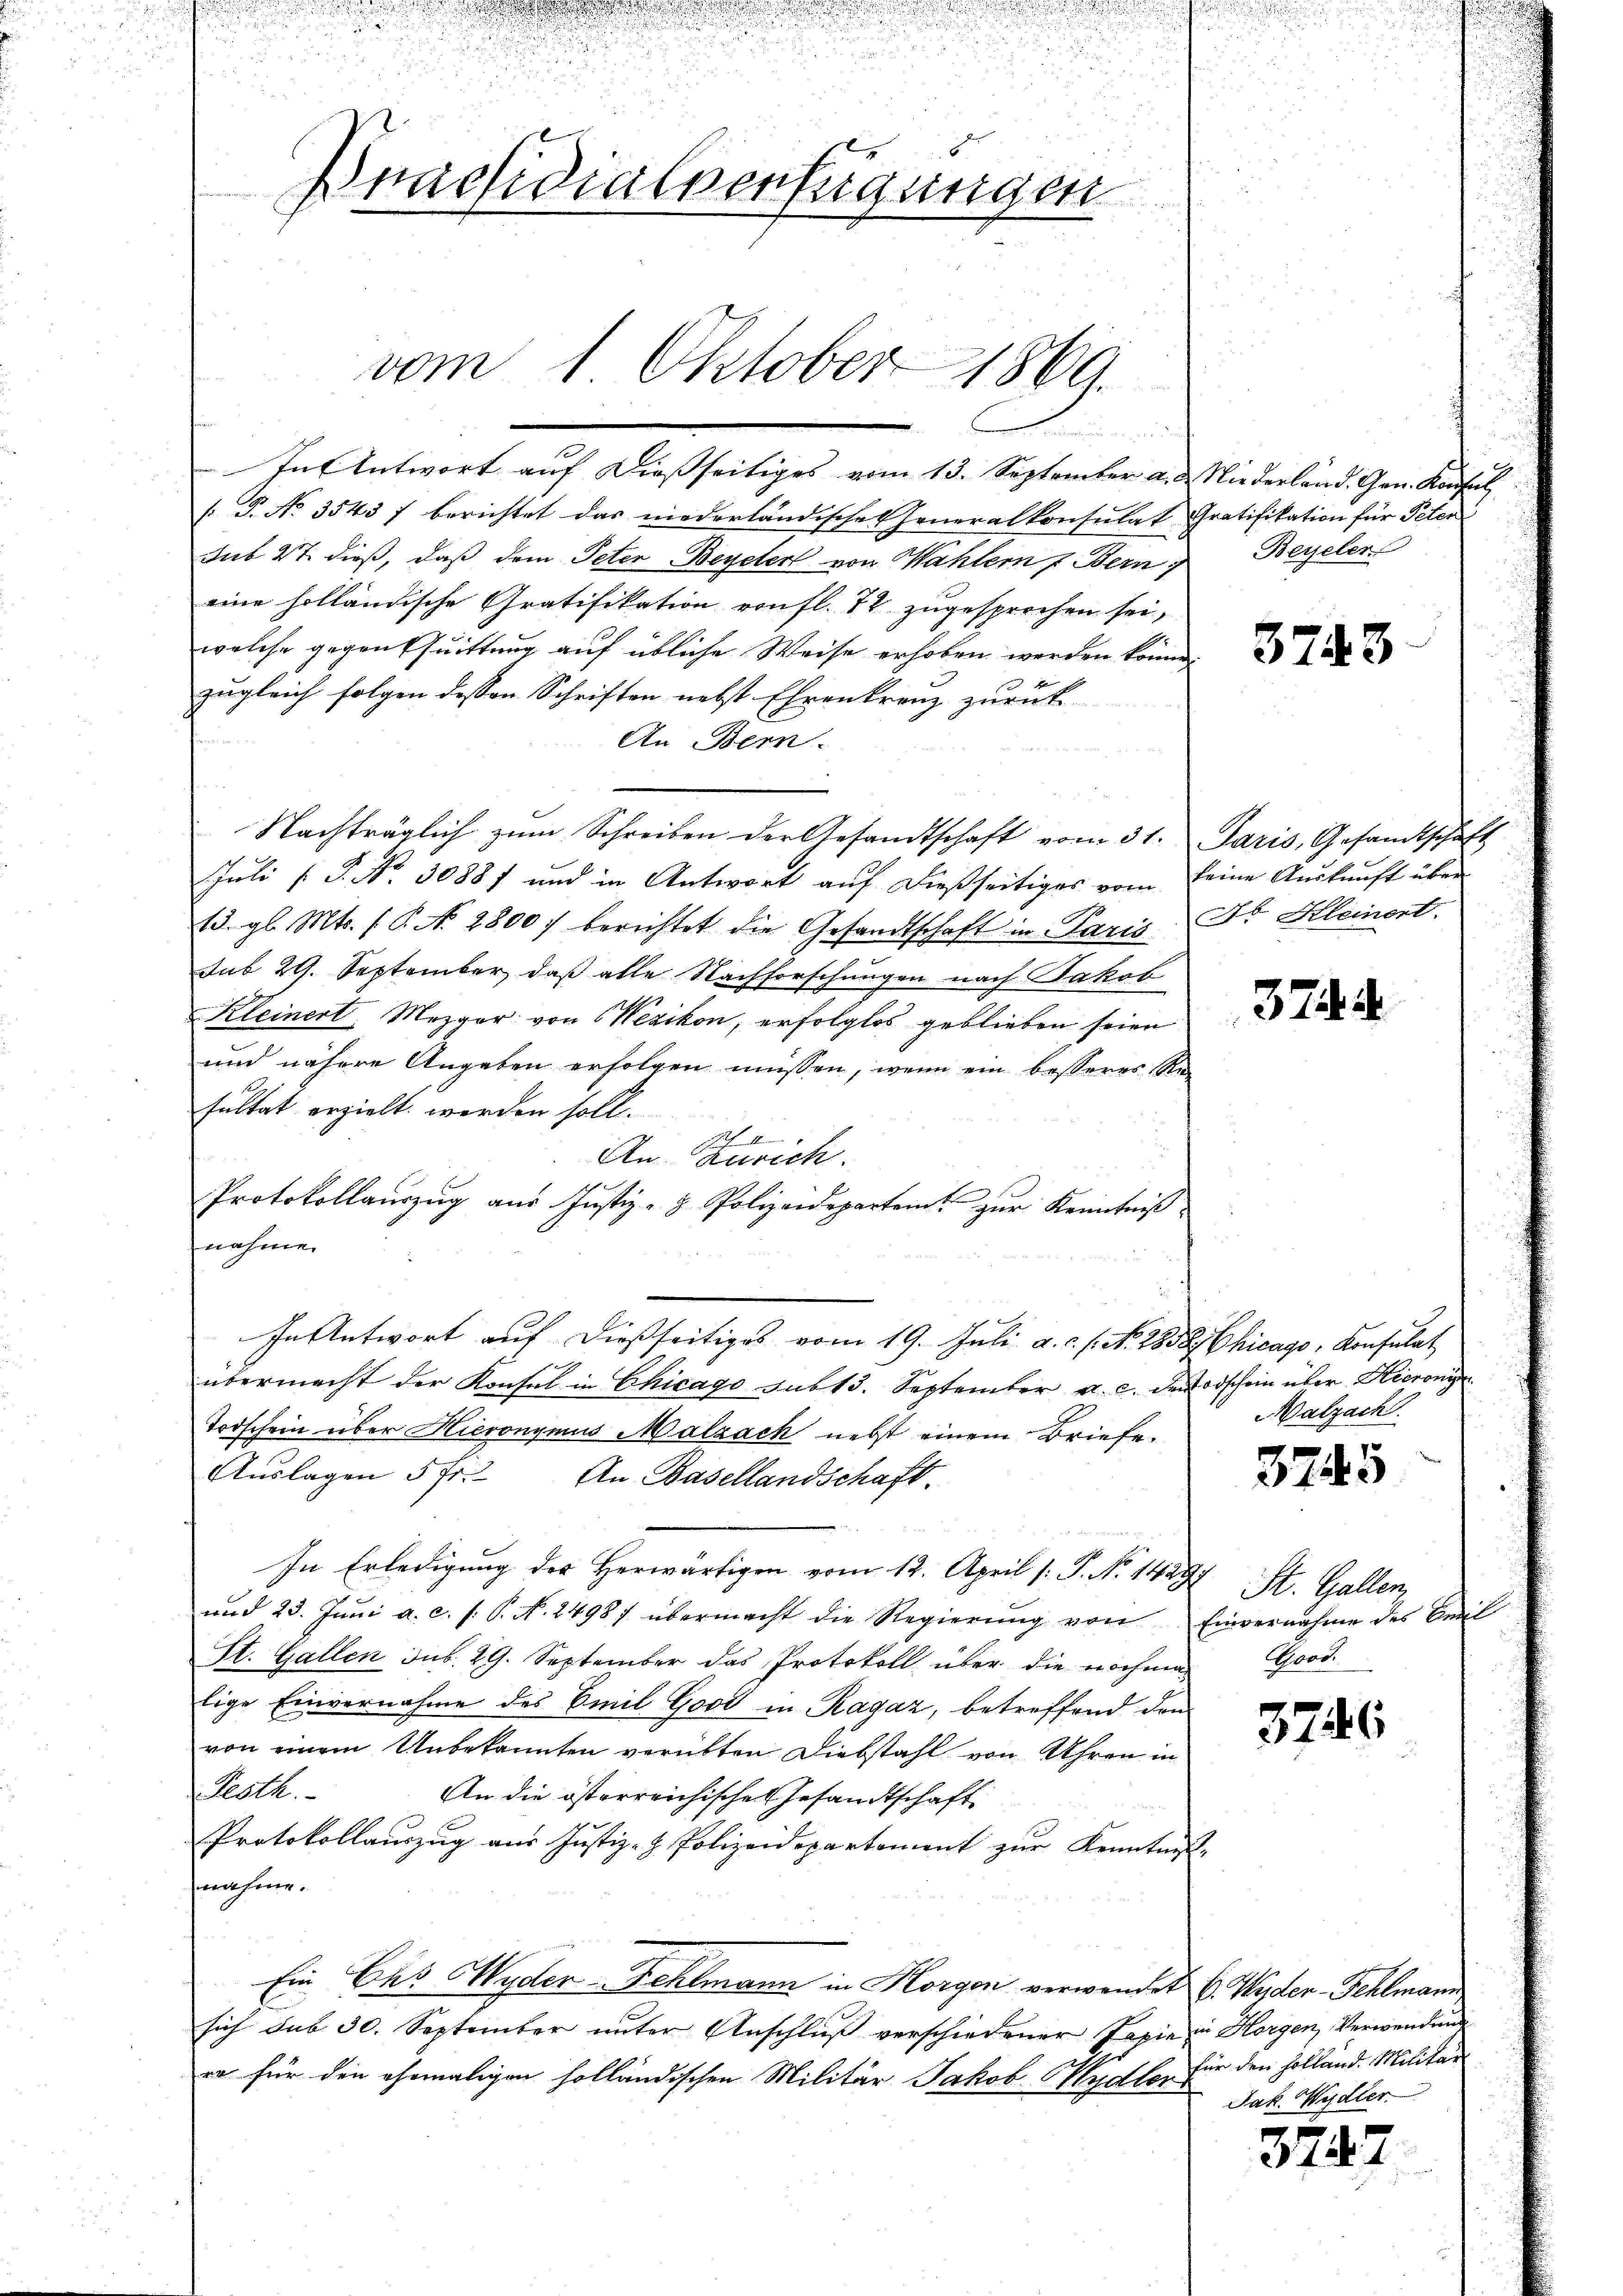
i
Praesidialverfügungen
vom 1. Oktober 1869.

In Antwort auf dießseitiges vom 13. September a. d. Niederland. Gen. Konfel

u

d

u

[P. No 3543 f berichtet das niederländischen Generalkonsulat Gratifikation für Peter
sub 27. dieß, daß dem Peter Beyeler von Wahlern 7 Bern
eine holländische Gratifikation von fl. 78. zugesprochen sei,
welche gegenthuittung auf übliche Weise erhoben werden könne,
zugleich folgen dessen Schriften nebst Ehrenkranz zurück-
An Bern.
Nachträglich zum Schreiben der Gesandtschaft vom 31. Paris, Gesandtschaft
Juli [P. Nr. 30887 und in Antwort auf dießseitiges vom keine Auskunft über
15. gl. Mts. ( P. N. 2800 berichtet die Gesandtschaft in Paris, Fr. Kleinert.
sub 29. September, daß alle Nachforschungen nach Jakob
Kleinert. Mezger von Wezikon, erfolglos geblieben seien
und nähere Angaben erfolgen müssen, wenn ein besseres Re-
sultat erzielt werden soll.
An Zürich.
Protokollauszug aus Justiz- & Polizeidepartem zur Kenntniß
nahme.
In Antwort auf dießseitiges vom 19. Juli a. c. l. No. 1858 Chicago, Konsulat
übermacht der Konsul in Chicago sub 15. September a. c. den odschein über Hieronie
Todschein über Hieronymus Malzach nebst einem Briefe.
Aŭslagen 5 fr. An Basellandschaft.
In Erledigung des Herwärtigen vom 12. April [: P. No 14297
und 23. Jŭni a. c. s. S. N. 2498) übermacht die Regierŭng von Einvernahme des Beil
St. Gallen sub. 29. September das Protokoll über die nochmalige Einvernahme des Emil Good in Ragaz, betreffend den
von einem Unbekannten verübten Diebstahl von Uhren in
Roth.
An die österreichisches Gesandtschaft
Protokollauszug aus Justiz- & Polizeidepartement zur Kenntnisse
nahme.
Ein Cas Hyder Fehlmann in Horgen verwendet 6. Wider-Fehlmann
sich sub 30. September unter Anschluß verschiedener Pasie in Horgen, Verwendung
a für den ehemaligen holländischen Militär Jakob Wydler

Beyeler

3743

3744

Malzach.

3745

St. Gallen,
Grod.

3746

für den Holland. Militär
Jak. Wydler

3742